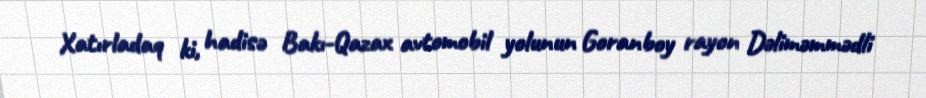
Xatırladaq ki, hadisə Bakı-Qazax avtomobil yolunun Goranboy rayon Dəliməmmədli